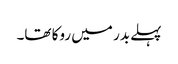
پہلے بدر میں روکا تھا۔